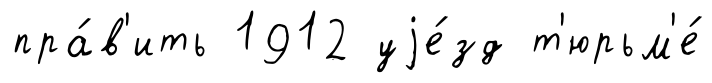
пра́в'ить 1912 уjе́зд т'юрьм'е́